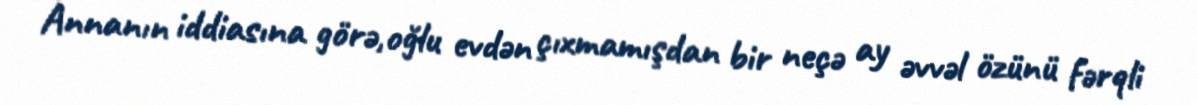
Annanın iddiasına görə,oğlu evdən çıxmamışdan bir neçə ay əvvəl özünü fərqli